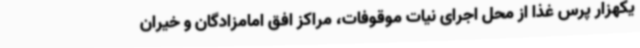
یکهزار پرس غذا از محل اجرای نیات موقوفات، مراکز افق امامزادگان و خیران